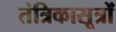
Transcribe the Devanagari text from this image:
तंत्रिकासूत्रों